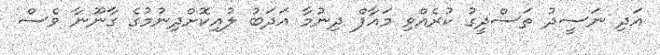
އަދި ނަސީދު ތަސްދީގު ކުރެއްވި މައާފް ދިނުމާ އަދަބު ލުއިކޮށްދިނުމުގެ ގާނޫނާ ވެސް